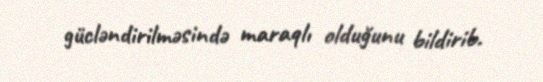
gücləndirilməsində maraqlı olduğunu bildirib.